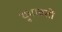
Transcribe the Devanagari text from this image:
युगावर्तो